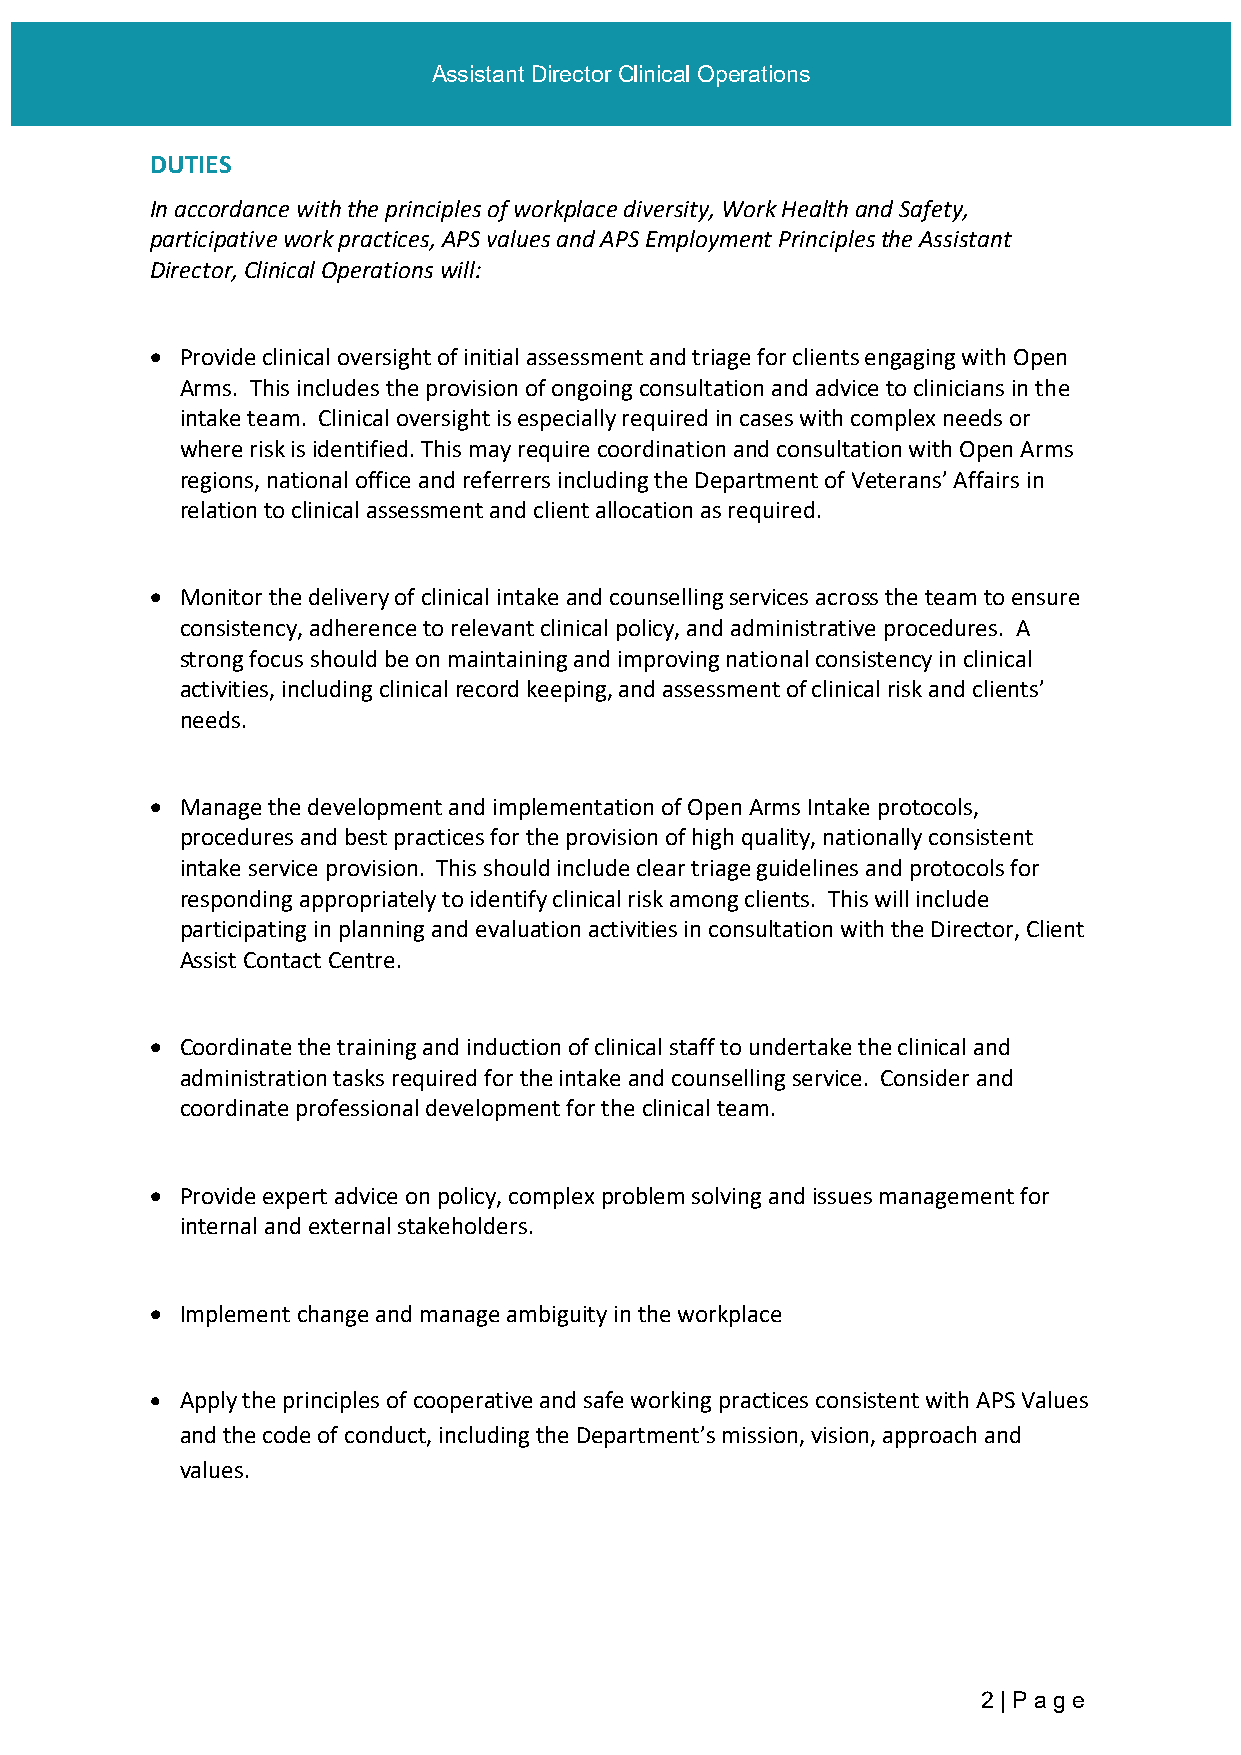
Assistant Director Clinical Operations
 DUTIES
 In accordance with the principles of workplace diversity, Work Health and Safety,
 participative work practices, APS values and APS Employment Principles the Assistant
 Director, Clinical Operations will:
 • Provide clinical oversight of initial assessment and triage for clients engaging with Open
 Arms. This includes the provision of ongoing consultation and advice to clinicians in the
 intake team. Clinical oversight is especially required in cases with complex needs or
 where risk is identified. This may require coordination and consultation with Open Arms
 regions, national office and referrers including the Department of Veterans’ Affairs in
 relation to clinical assessment and client allocation as required.
 • Monitor the delivery of clinical intake and counselling services across the team to ensure
 consistency, adherence to relevant clinical policy, and administrative procedures. A
 strong focus should be on maintaining and improving national consistency in clinical
 activities, including clinical record keeping, and assessment of clinical risk and clients’
 needs.
 • Manage the development and implementation of Open Arms Intake protocols,
 procedures and best practices for the provision of high quality, nationally consistent
 intake service provision. This should include clear triage guidelines and protocols for
 responding appropriately to identify clinical risk among clients. This will include
 participating in planning and evaluation activities in consultation with the Director, Client
 Assist Contact Centre.
 • Coordinate the training and induction of clinical staff to undertake the clinical and
 administration tasks required for the intake and counselling service. Consider and
 coordinate professional development for the clinical team.
 • Provide expert advice on policy, complex problem solving and issues management for
 internal and external stakeholders.
 • Implement change and manage ambiguity in the workplace
 • Apply the principles of cooperative and safe working practices consistent with APS Values
 and the code of conduct, including the Department’s mission, vision, approach and
 values.
 2 | Pag e